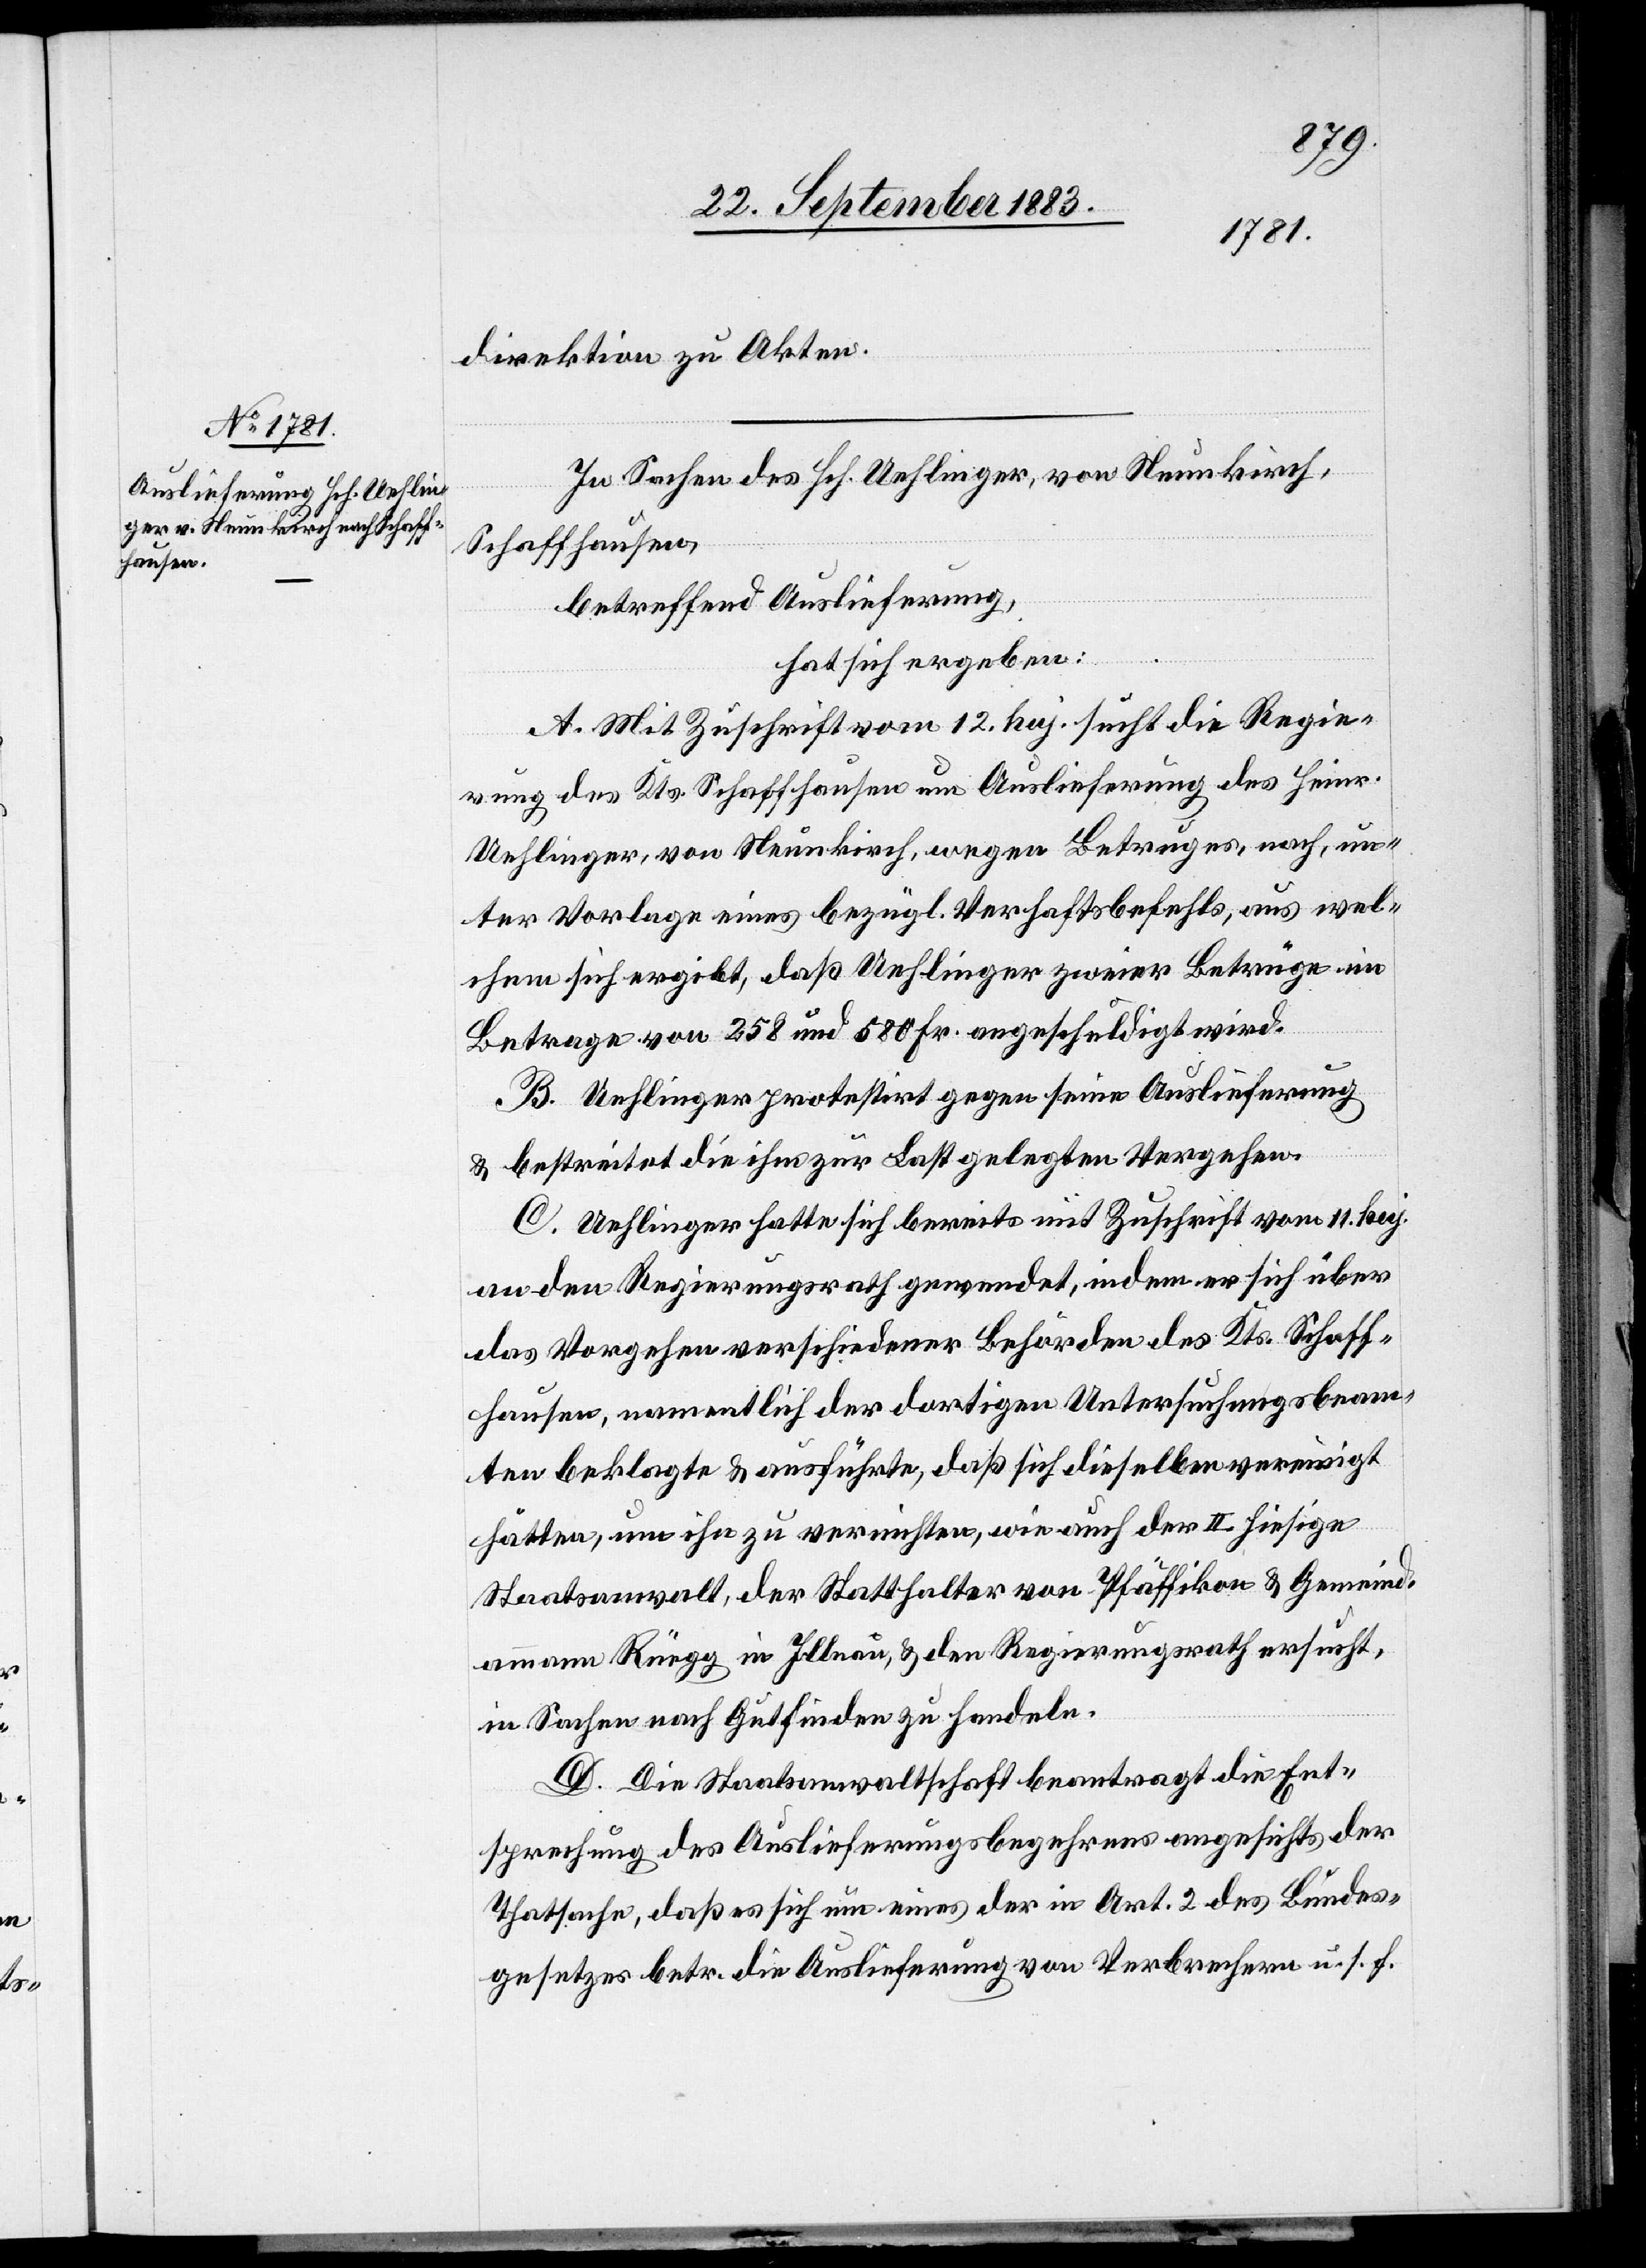
direktion zu Akten.
In Sachen des Hch. Uehlinger, von Neunkirch,
Schaffhausen,
betreffend Auslieferung,
hat sich ergeben:
A. Mit Zuschrift vom 12. huj. sucht die Regie¬
rung des Kts. Schaffhausen um Auslieferung des Heinr.
Uehlinger, von Neunkirch, wegen Betruges, nach, un¬
ter Vorlage eines bezügl. Verhaftsbefehls, aus wel¬
chem sich ergibt, daß Uehlinger zweier Betrüge im
Betrage von 258 und 580 Fr. angeschuldigt ist.
B. Uehlinger protestirt gegen seine Auslieferung
& bestreitet die ihm zur Last gelegten Vergehen.
C. Uehlinger hatte sich bereits mit Zuschrift vom 11. huj.
an den Regierungsrath gewendet, indem er sich über
das Vorgehen verschiedener Behörden des Kts. Schaff¬
hausen, namentlich der dortigen Untersuchungsbeam¬
ten beklagte & ausführte, daß sich dieselben vereinigt
hätten, um ihn zu vernichten, wie auch der II. hiesige
Staatsanwalt, der Statthalter von Pfäffikon & Gemeind¬
ammann Rüegg in Illnau, & den Regierungsrath ersucht,
in Sachen nach Gutfinden zu handeln.
D. Die Staatsanwaltschaft beantragt die Ent¬
sprechung des Auslieferungsbegehrens angesichts der
Thatsache, daß es sich um eines der in Art. 2 des Bundes¬
gesetzes betr. die Auslieferung von Verbrechern u. s. f.